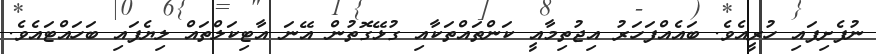
ނުފެށިފައި ހުރީއެވެ. ބައެއްފަހަރު އިޖުތިމާއީ ކަންތައްތަކާއި ގުޅޭގޮތުން އޭނަ އާޓިކަލްތައް ލިޔެފައި ބަހައްޓައެވެ.